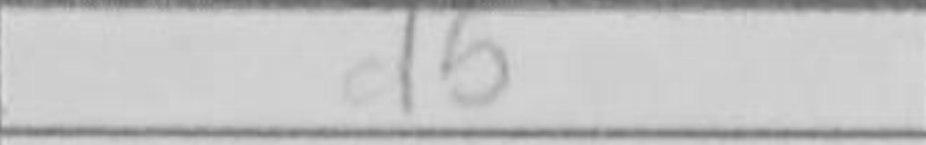
Transcription: d5